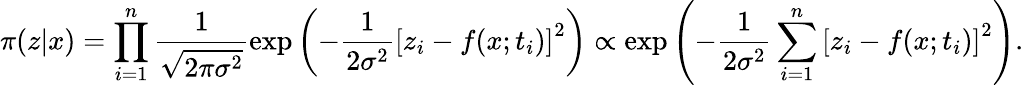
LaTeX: \pi(z|x)=\prod_{i=1}^{n}\frac{1}{\sqrt{2\pi\sigma^{2}}}\exp\left(-\frac{1}{2\sigma^{2}}\left[z_{i}-f(x;t_{i})\right]^{2}\right)\propto\exp\left(-\frac{1}{2\sigma^{2}}\sum_{i=1}^{n}\left[z_{i}-f(x;t_{i})\right]^{2}\right).